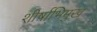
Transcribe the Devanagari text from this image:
शीर्षाभिमुख